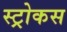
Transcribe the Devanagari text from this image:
स्ट्रोकस